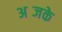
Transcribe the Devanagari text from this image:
अब्जके